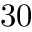
3 0